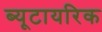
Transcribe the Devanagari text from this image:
ब्यूटायरिक